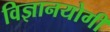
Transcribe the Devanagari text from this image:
विज्ञानयोगी